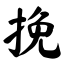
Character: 挽